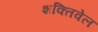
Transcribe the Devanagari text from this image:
शक्तिवेल